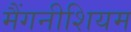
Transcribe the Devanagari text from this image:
मैंगनीशियम